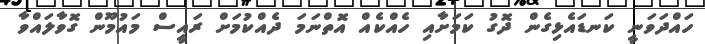
ހައްދަވަނީ ކަނޑައެޅިގެން ދޮގު ކަމަށާއި ހެއްކެއް އޮތްނަމަ ދެއްކުމަށް ރައީސް މައުމޫން ގޮވާލައްވާ